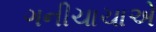
ગનીચાચાએ